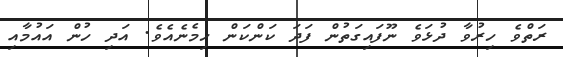
ރަތްވެ ހިރުވާ ދުޅަވެ ނޫފައިގަތުން ފަދަ ކަންކަން ހިމެނެއެވެ. އަދި ހުން އައުމާއި